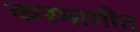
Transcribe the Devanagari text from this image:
करमागीत